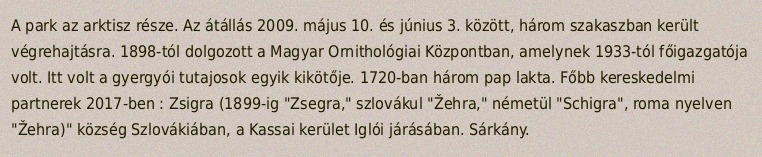
A park az arktisz része. Az átállás 2009. május 10. és június 3. között, három szakaszban került végrehajtásra. 1898-tól dolgozott a Magyar Ornithológiai Központban, amelynek 1933-tól főigazgatója volt. Itt volt a gyergyói tutajosok egyik kikötője. 1720-ban három pap lakta. Főbb kereskedelmi partnerek 2017-ben : Zsigra (1899-ig "Zsegra," szlovákul "Žehra," németül "Schigra", roma nyelven "Žehra)" község Szlovákiában, a Kassai kerület Iglói járásában. Sárkány.